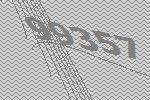
99357